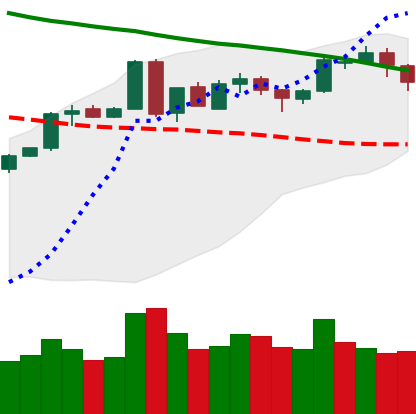
Ticker: BTC-USD
Chart end date: 2018-05-07
Forward return: -9.262%
Label: down_7plus